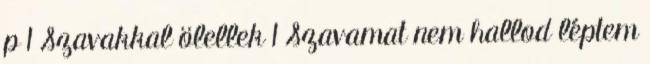
p 1 Szavakkal ölellek 1 Szavamat nem hallod léptem